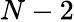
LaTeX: N-2